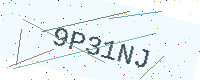
Text: 9P31NJ